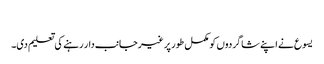
‏
یسوع نے اپنے شاگردوں کو مکمل طور پر غیرجانب‌دار رہنے کی تعلیم دی۔